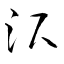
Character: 沢